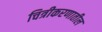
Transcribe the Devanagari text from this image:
चित्रीकरणातील